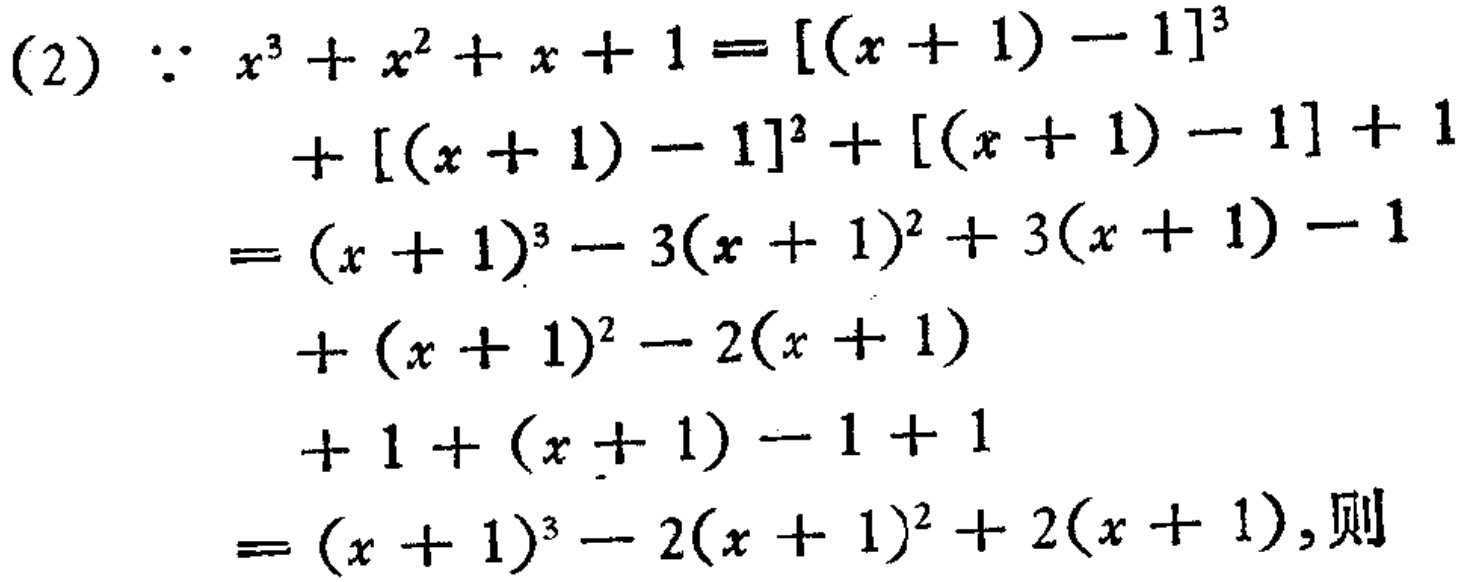
\begin{align*}

(2)\quad\because x^{3}+x^{2}+x + 1&=[(x + 1)-1]^{3}\\

&+[(x + 1)-1]^{2}+[(x + 1)-1]+1\\

&=(x + 1)^{3}-3(x + 1)^{2}+3(x + 1)-1\\

&+(x + 1)^{2}-2(x + 1)\\

&+1+(x + 1)-1 + 1\\

&=(x + 1)^{3}-2(x + 1)^{2}+2(x + 1),\text{则}

\end{align*}